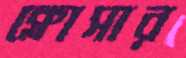
ক্লোসার